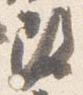
改